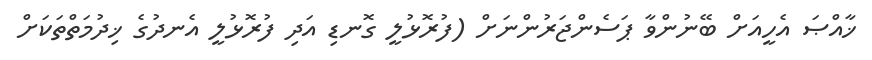
ޚާއްޞަ އެހީއަށް ބޭނުންވާ ޕަސެންޖަރުންނަށް (ފުރޮޅުލީ ގޮނޑި އަދި ފުރޮޅުލީ އެނދުގެ ޚިދުމަތްތަކަށް